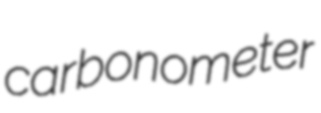
carbonometer